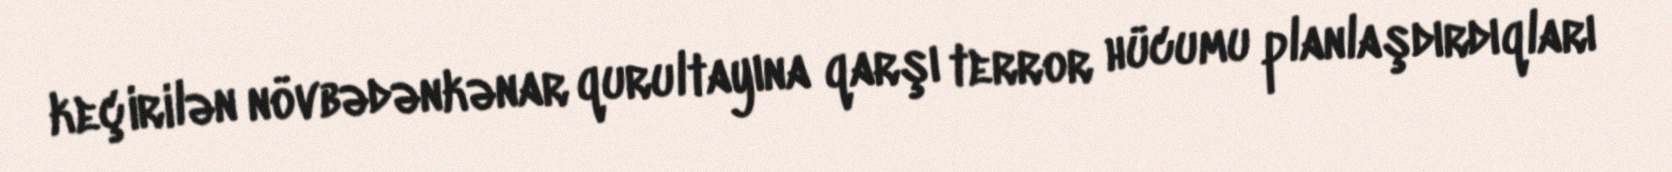
keçirilən növbədənkənar qurultayına qarşı terror hücumu planlaşdırdıqları